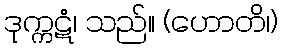
ဒုက္ကဋံ၊ သည်။ (ဟောတိ၊)